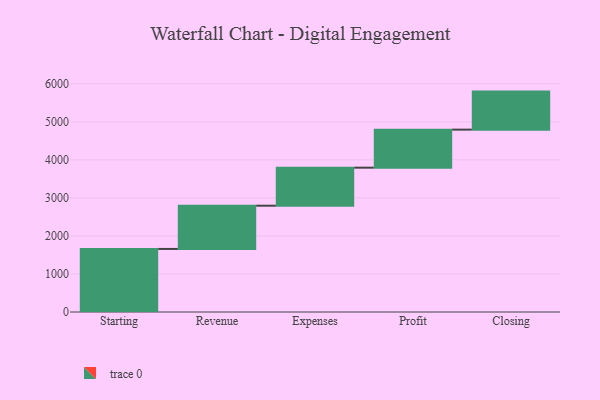
{"axis": {"x": "Step", "y": "Value"}, "legend": [""], "data": [{"x": "Starting", "y": 1658.0, "type": ""}, {"x": "Revenue", "y": 1137.0, "type": ""}, {"x": "Expenses", "y": 1000, "type": ""}, {"x": "Profit", "y": 1000, "type": ""}, {"x": "Closing", "y": 1000, "type": ""}]}